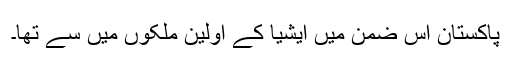
پاکستان اس ضمن میں ایشیا کے اولین ملکوں میں سے تھا۔